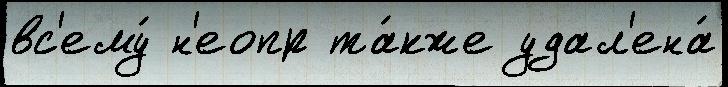
вс'ему́ н'еопр та́кже удал'ена́